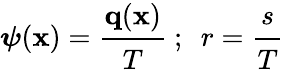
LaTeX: {\boldsymbol{\psi}}(\mathbf{x})={\cfrac{\mathbf{q}(\mathbf{x})}{T}}~;~~r={\cfrac{s}{T}}